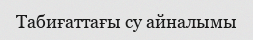
Табиғаттағы су айналымы